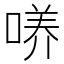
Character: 𱓧